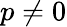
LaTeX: p\ne 0